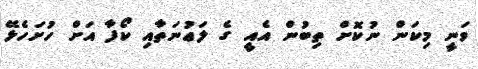
ވަނީ މިކަން ނުކޮށް ތިބުން އެއީ ގެ ލަޢުނަތާއި ކޯފާ އަށް ހުށަހެޅޭ